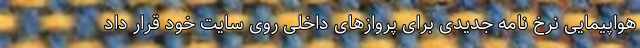
هواپیمایی نرخ نامه جدیدی برای پروازهای داخلی روی سایت خود قرار داد